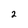
Character: 2